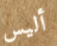
أليس